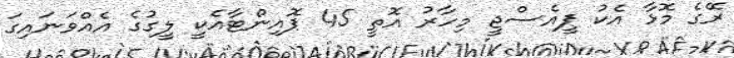
ރޭގެ މޮޅާ އެކު ޕީއެސްޖީ މިހާރު އޮތީ 45 ޕޮއިންޓާއެކީ ލީގުގެ އެއްވަނައިގަ